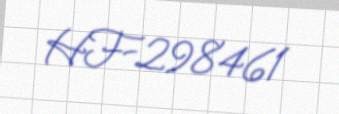
HF-298461